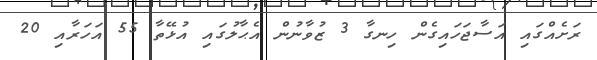
ރަށެއްގައި އަސާޖަހައިގެން ހިނގާ 3 ޒުވާނުން އެޙާލުގައި އުޅޭތާ 55 އަހަރާއި 20